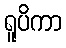
ရူပိကာ